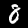
Digit: 8